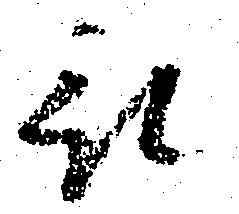
被